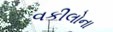
વકીલોના